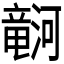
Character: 𪷹